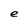
Character: e